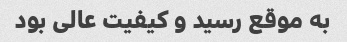
به موقع رسید و کیفیت عالی بود